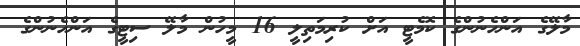
މާލޭގެ އަންހެނުންގެ ކޮމެޓީ އަށް ކުރިމަތިލީ 16 މީހުން މާލޭ ސިޓީގެ އަންހެނުންގެ